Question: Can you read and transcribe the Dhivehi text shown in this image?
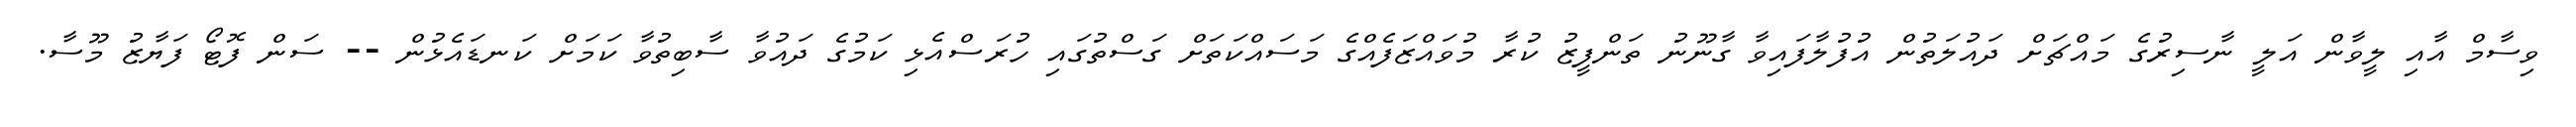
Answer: ވިސާމް އާއި ލީވާން އަލީ ނާސިރުގެ މައްޗަށް ދައުލަތުން އުފުލާފައިވާ ގާނޫނު ތަންފީޒު ކުރާ މުވައްޒަފެއްގެ މަސައްކަތަށް ގަސްތުގައި ހުރަސްއެޅި ކަމުގެ ދައުވާ ސާބިތުވާ ކަމަށް ކަނޑައެޅުން -- ސަން ފޮޓޯ ފަޔާޒު މޫސާ.